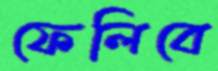
ফেলিবে